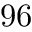
9 6